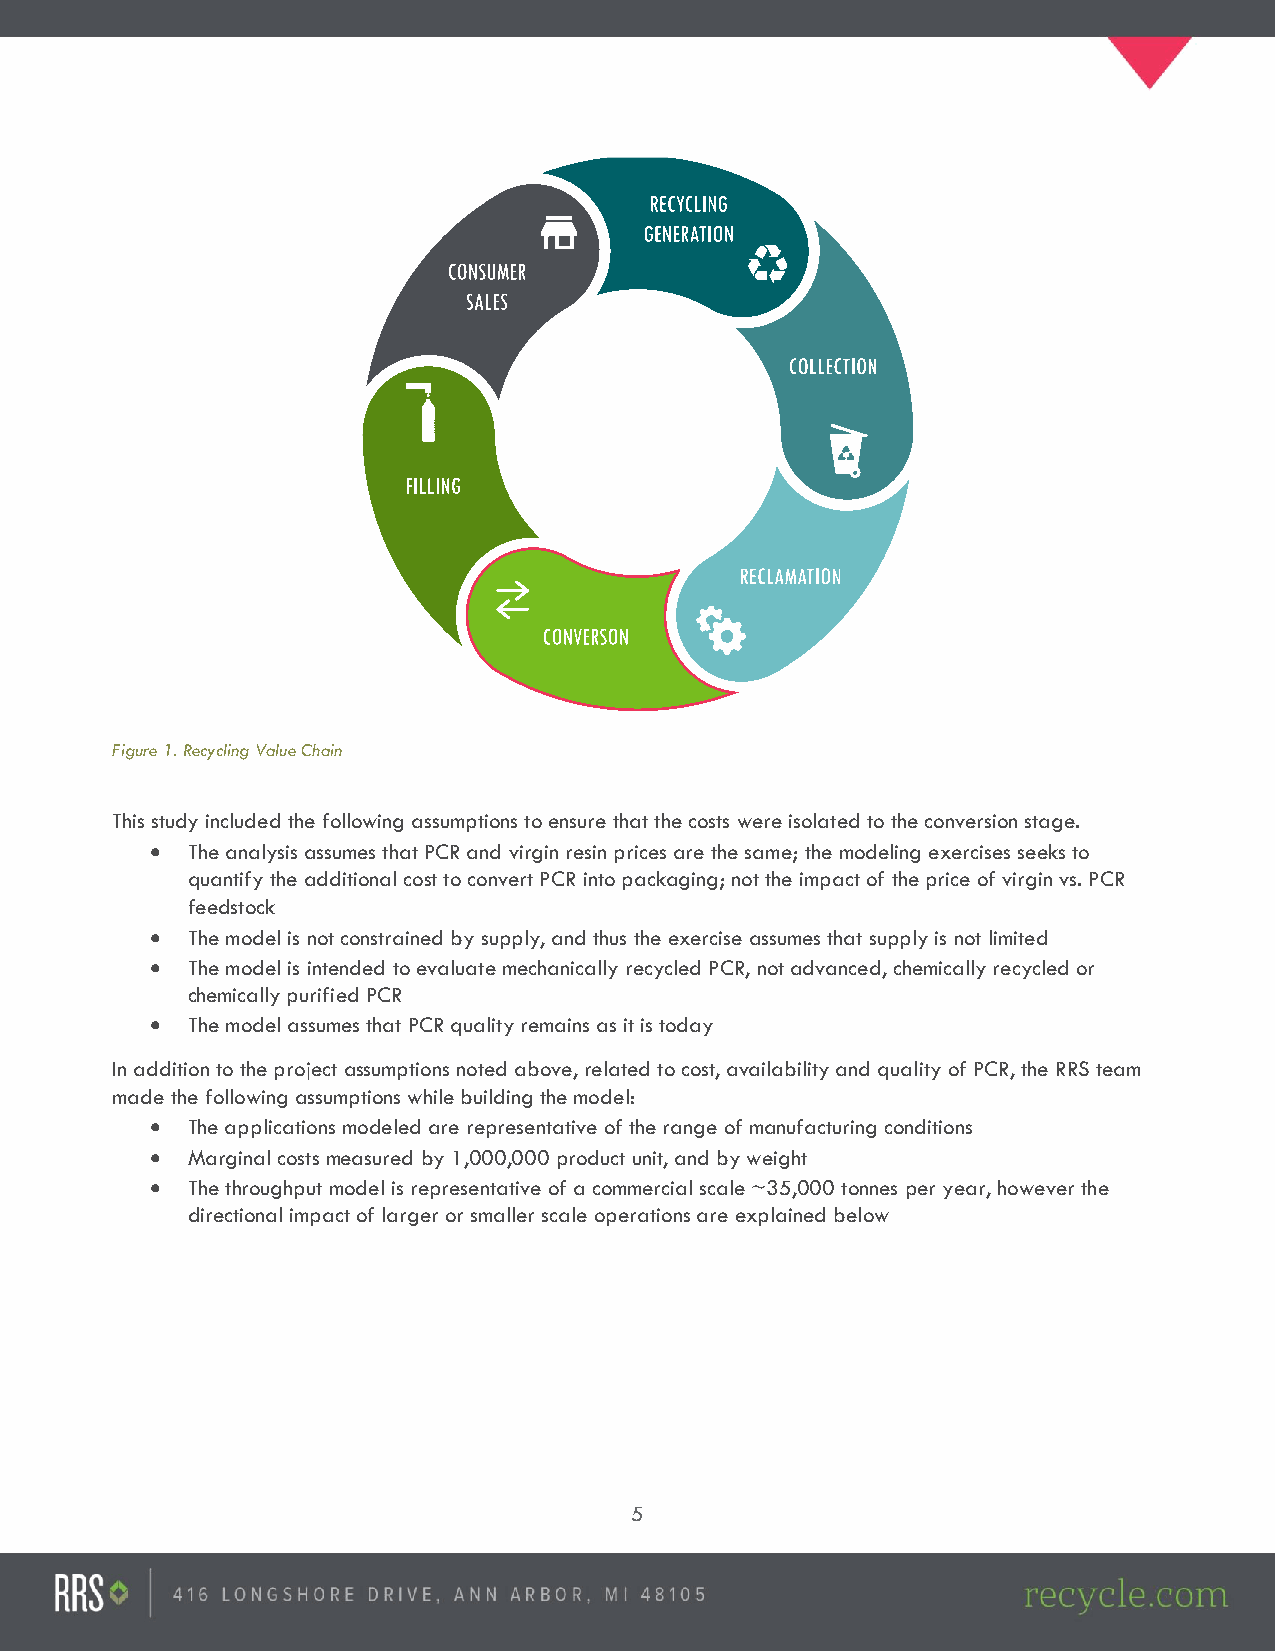
Figure 1. Recycling Value Chain
 This study included the following assumptions to ensure that the costs were isolated to the conversion stage.
 • The analysis assumes that PCR and virgin resin prices are the same; the modeling exercises seeks to
 quantify the additional cost to convert PCR into packaging; not the impact of the price of virgin vs. PCR
 feedstock
 • The model is not constrained by supply, and thus the exercise assumes that supply is not limited
 • The model is intended to evaluate mechanically recycled PCR, not advanced, chemically recycled or
 chemically purified PCR
 • The model assumes that PCR quality remains as it is today
 In addition to the project assumptions noted above, related to cost, availability and quality of PCR, the RRS team
 made the following assumptions while building the model:
 • The applications modeled are representative of the range of manufacturing conditions
 • Marginal costs measured by 1,000,000 product unit, and by weight
 • The throughput model is representative of a commercial scale ~35,000 tonnes per year, however the
 directional impact of larger or smaller scale operations are explained below
 5